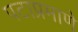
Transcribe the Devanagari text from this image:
पटाप्रमाणे